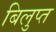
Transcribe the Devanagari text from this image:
बिलुप्त